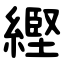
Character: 䌑